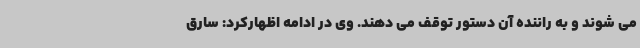
می شوند و به راننده آن دستور توقف می دهند. وی در ادامه اظهارکرد: سارق